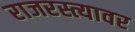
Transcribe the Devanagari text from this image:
राजरस्त्यावर